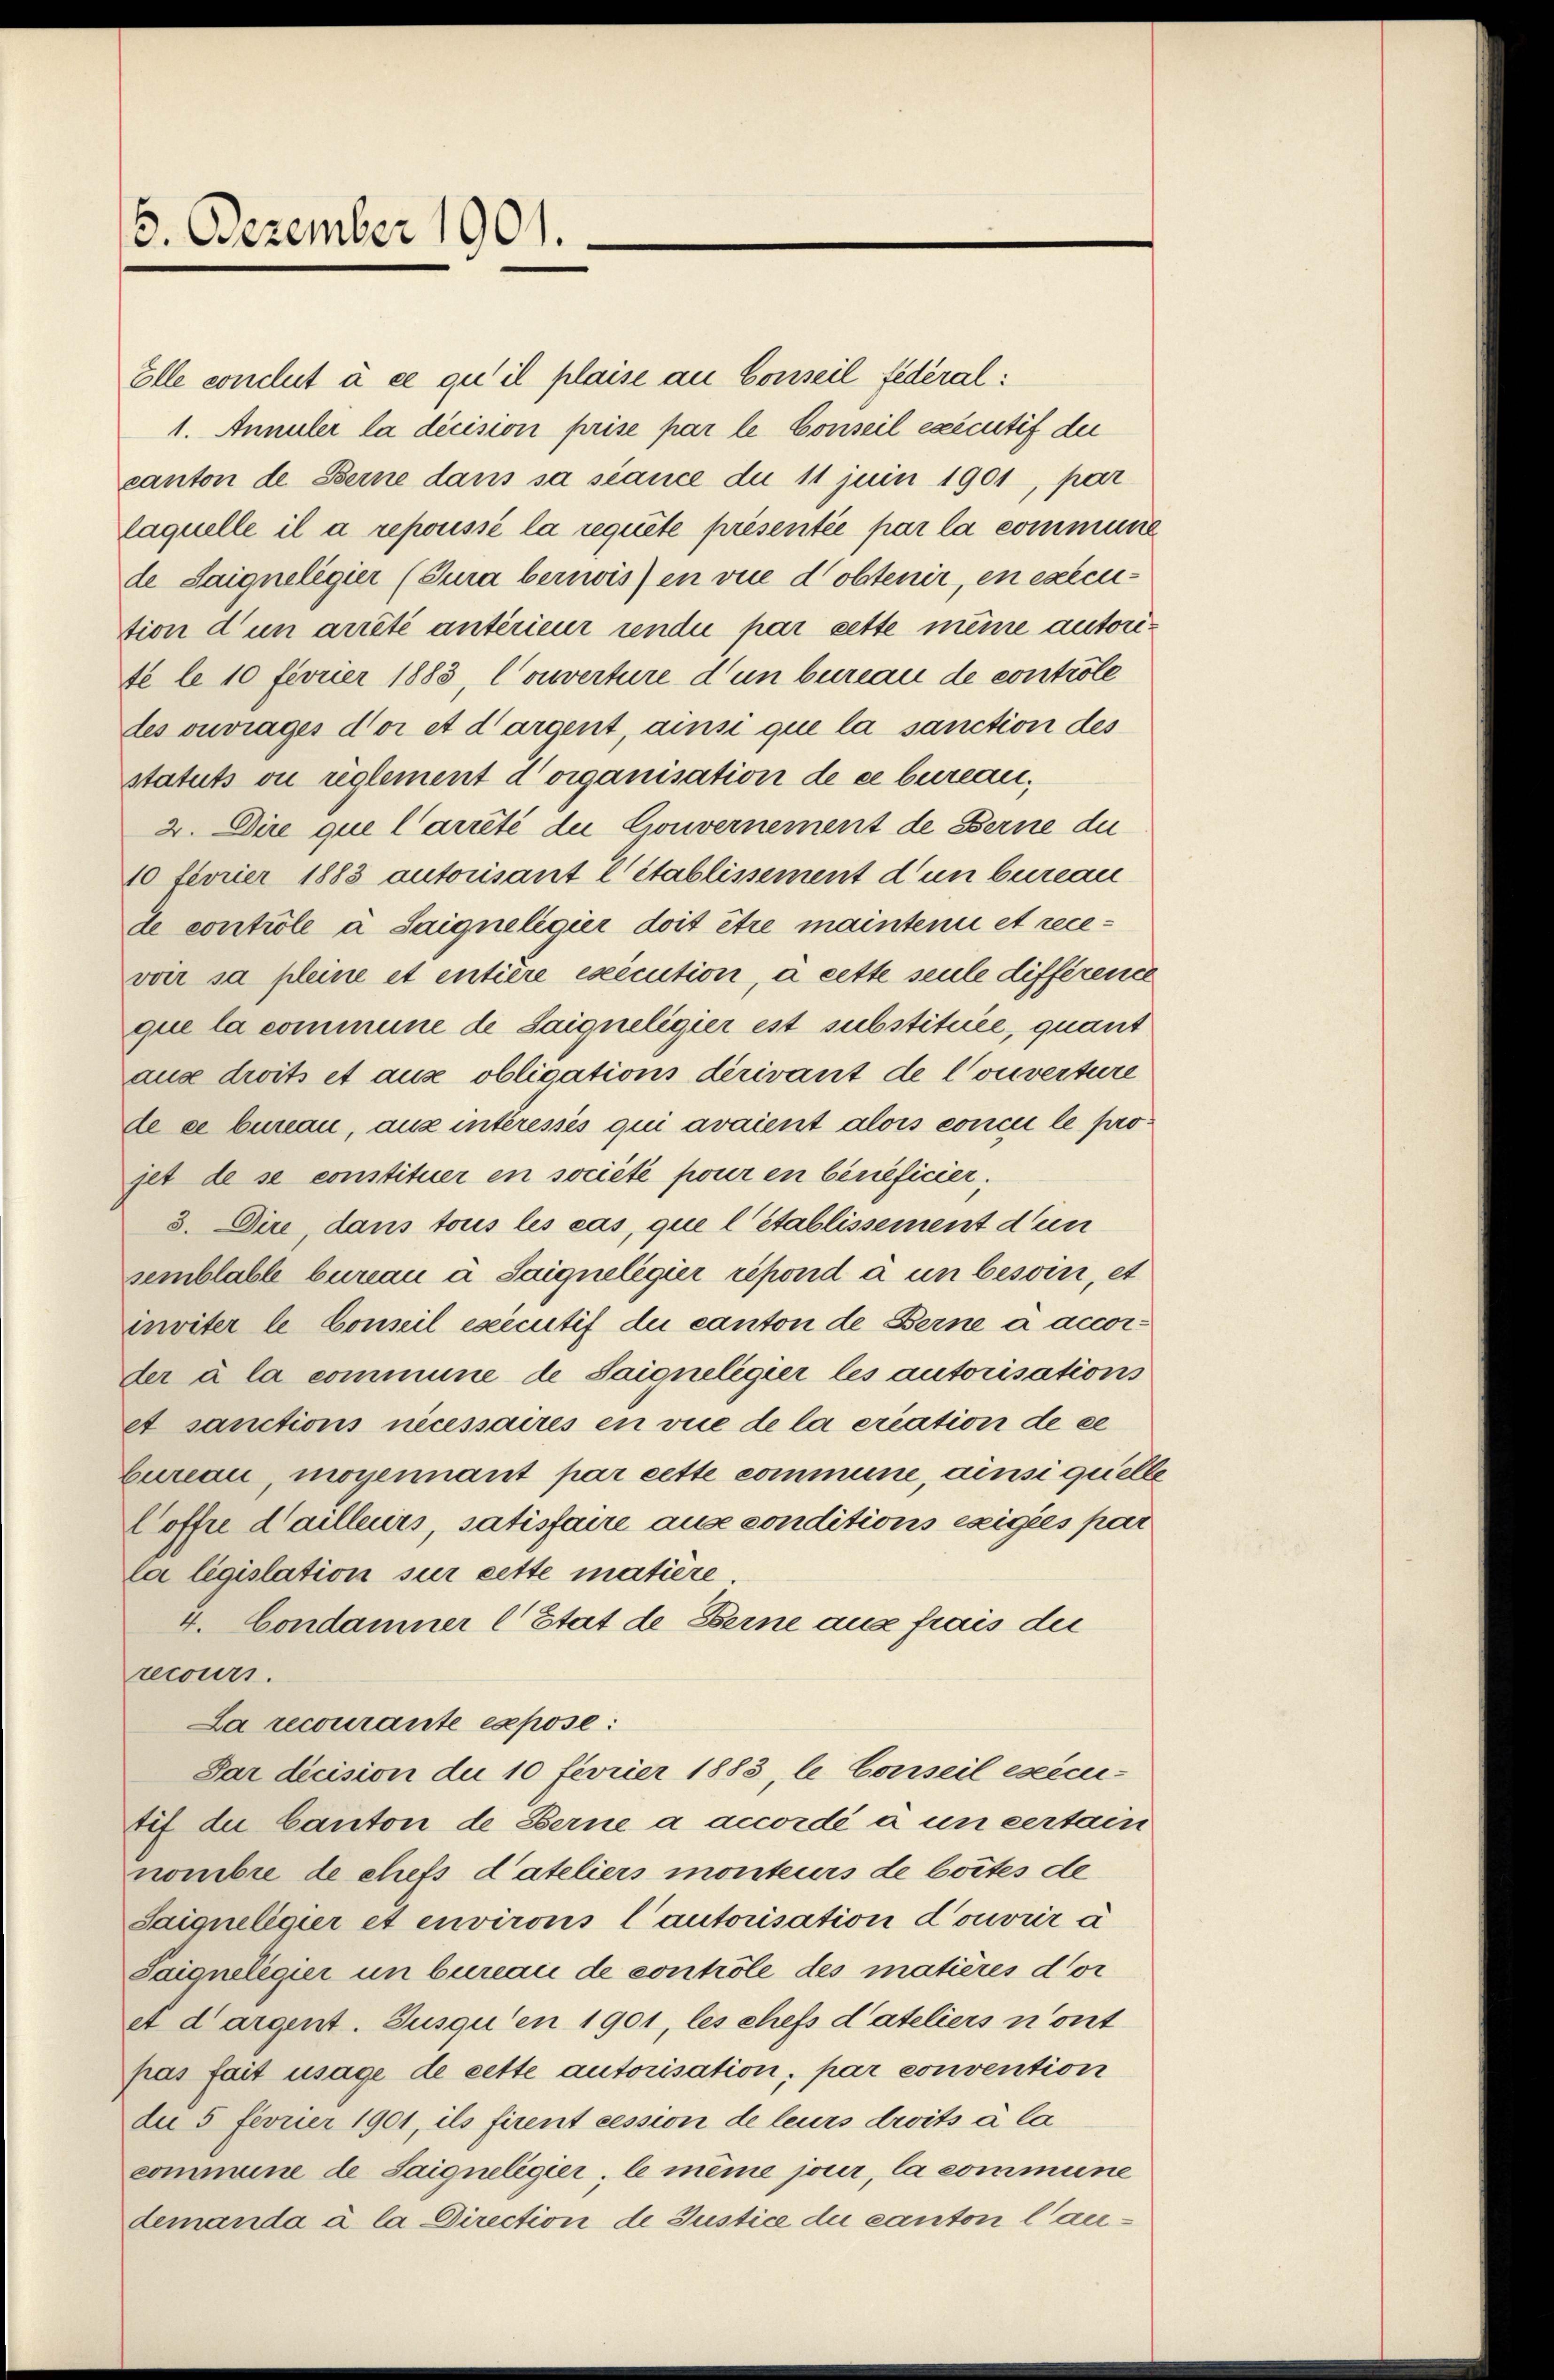
13. Dezember 1901.

Elle conclus à ce qu’il plaise an Conseil federal:
1. Annuler la dicision prise par le Conseil executif der
canton de Berne dans sa siance du 11 juin 1901, par
laquelle il a repouissé la requite présentée par la commune
de Saigneligier (Sura bernis) in vue d’obtenir, en execution d un arrêté antérieur rende par sette meine autorite le 10 fevrier 1883, Couverture d’un bureau de controle
des ouvrages d’or et dargent, ainsi que la sanction des
statuts ou règlement d’organisation de ce bureau
2. Dire que l’arrêté de Couvernement de Berne du
10 Fevrier 1883 autorisant l’établissement d’un bureau
se controle a Saigneligier doit être maintenu et rece-
voir sa pleine et entière execution, à cette seule différence
que la commune de Saiqneligier ist substituée, quant
aus droits et aus obligations derivant de Converture
de ce bureau, aus intéressés qui avaient alois conci le projet de se constituer en société pour en beneficier.
3. Dire, dans tous les cas, que l établissement d’un
semblabl bureau à Saigneligier répond à un beson, et
inviter le Conzil executif du canton de Berne à accorder à la commune de Saigneligier les autorisations
et sanctions necessaires en vie de la criation de ce
Eureau, moyennant par cette commune, ainsi quelle
Coffre d’ailleurs, satisfaire ause conditions exigées par
la législation sur cette matiere
4. Condamner C Etat de Berne aus frais die
recours.
La recourante expose:
Sar dicision du 10 février 1883, le Conseil esecu-
tif die Canton de Berne a accordé à un certain
nombre de chefs dateliers monteurs de bottes de
Saiqueligier et environs l’autorisation d’ouvrir à
Saigneligier un bureau de contrôle des matières dor
et dargent. Jusqu’en 1901, les chefs d’ateliers n’ont
pas fait usage de cette autorisation, par convention
de 5 Fevrier 1901, ils firent cession de leurs droits à la
commune de Saigneligier, le même jour, la commune
demanda à la Direction de Justice du canton lau¬